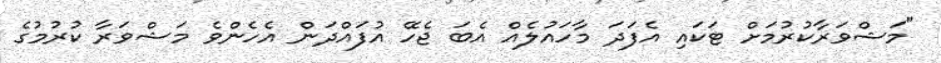
"މަޝްވަރާކުރުމަށް ޓަކައި އެފަަދަ މާހައުލެއް އެބަ ޖެހޭ އުފައްދަން އެހެންވެ މަޝްވަރާ ކުރުމުގެ